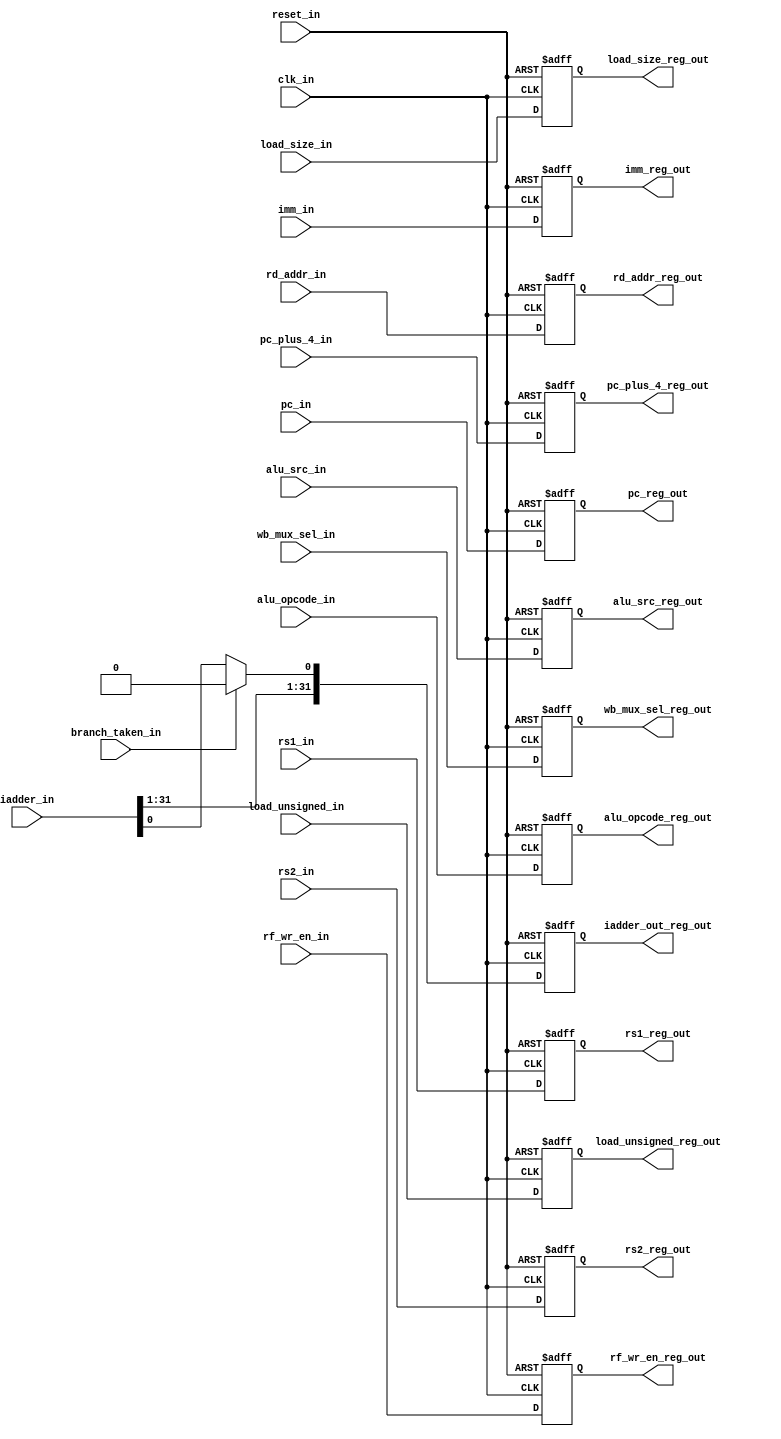
module reg_block_2(
  input clk_in,
  input reset_in,
  input [4:0] rd_addr_in,
  input [31:0] rs1_in,
  input [31:0] rs2_in,
  input [31:0] pc_in,
  input [31:0] pc_plus_4_in,
  input branch_taken_in,
  input [31:0] iadder_in,
  input [3:0] alu_opcode_in,
  input [1:0] load_size_in,
  input load_unsigned_in,
  input alu_src_in,
  input rf_wr_en_in,
  input [2:0]wb_mux_sel_in,
  input [31:0] imm_in,
  
  output reg [4:0] rd_addr_reg_out,
  output reg [31:0] rs1_reg_out,
  output reg [31:0] rs2_reg_out,
  output reg [31:0] pc_reg_out,
  output reg [31:0] pc_plus_4_reg_out,
  output reg [31:0] iadder_out_reg_out,
  output reg [3:0] alu_opcode_reg_out,
  output reg [1:0] load_size_reg_out,
  output reg load_unsigned_reg_out,
  output reg alu_src_reg_out,
  output reg rf_wr_en_reg_out,
  output reg [2:0]wb_mux_sel_reg_out,
  output reg [31:0] imm_reg_out
);
    
    always@(posedge clk_in or posedge reset_in)
    begin
      
      if (reset_in)
        begin
          rd_addr_reg_out <= 5'b0;
          rs1_reg_out <= 32'b0;
          rs2_reg_out <= 32'b0;
          pc_reg_out <= 32'b0;
          pc_plus_4_reg_out <= 32'b0;
          iadder_out_reg_out <= 32'b0;
          alu_opcode_reg_out <= 4'b0;
          load_size_reg_out <= 2'b0;
          load_unsigned_reg_out <= 0;
          alu_src_reg_out <= 0;
          rf_wr_en_reg_out <= 0;
          wb_mux_sel_reg_out <= 0;
          imm_reg_out <= 0;
        end
      else begin
          rd_addr_reg_out <= rd_addr_in;
          rs1_reg_out <= rs1_in;
          rs2_reg_out <= rs2_in;
          pc_reg_out <= pc_in;
          pc_plus_4_reg_out <= pc_plus_4_in;
          iadder_out_reg_out[31:1] <=  iadder_in[31:1];
          alu_opcode_reg_out <= alu_opcode_in;
          load_size_reg_out <= load_size_in;
          load_unsigned_reg_out <= load_unsigned_in;
          alu_src_reg_out <= alu_src_in;
          rf_wr_en_reg_out <= rf_wr_en_in;
          wb_mux_sel_reg_out <= wb_mux_sel_in;
          imm_reg_out <= imm_in;
          iadder_out_reg_out[0] <= (branch_taken_in) ? 0: iadder_in[0];
      end
    end
endmodule